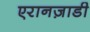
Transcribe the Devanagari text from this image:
एरानज़ाडी